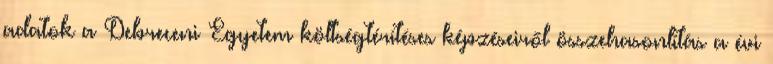
adatok a Debreceni Egyetem költségtérítéses képzéseiről összehasonlítás a évi